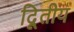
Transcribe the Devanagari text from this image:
दिूतीय